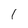
Character: 1